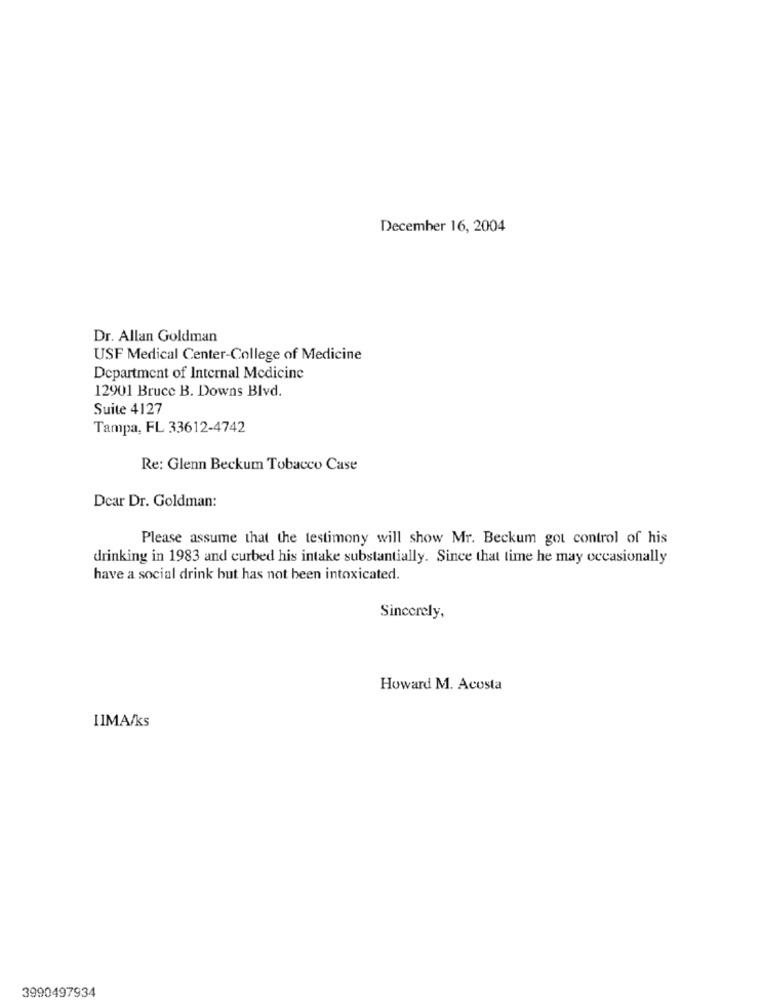
December 16, 2004
Dr. Allan Goldman
USF Medical Center-College of Medicine
Department of Internal Medicine
12901 Bruce B. Downs Blvd.
Suite 4127
Tampa, FL 33612-4742
Re: Glenn Beckum Tobacco Case
Dear Dr. Goldman:
Please assume that the testimony will show Mr. Beckum got control of his
drinking in 1983 and curbed his intake substantially. Since that time he may occasionally
have a social drink but has not been intoxicated.
Sincerely,
Howard M. Acosta
11MA/ks
3990497934